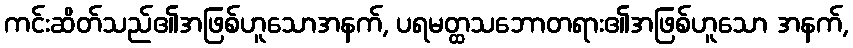
ကင်းဆိတ်သည်၏အဖြစ်ဟူသောအနက်, ပရမတ္ထသဘောတရား၏အဖြစ်ဟူသော အနက်,